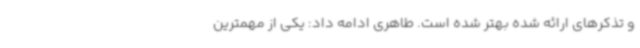
و تذکرهای ارائه شده بهتر شده است. طاهری ادامه داد: یکی از مهمترین